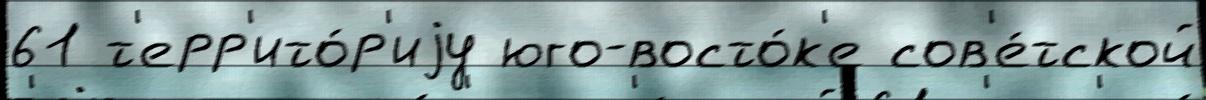
61 т'ерр'ито́р'иjу юго-восто́к'е сов'е́тской